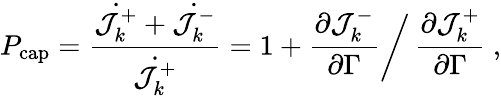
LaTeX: P_{\mathrm{cap}}=\frac{\dot{\mathcal{J}_{k}^{+}}+\dot{\mathcal{J}_{k}^{-}}}{\dot{\mathcal{J}_{k}^{+}}}=1+\frac{\partial\mathcal{J}_{k}^{-}}{\partial\Gamma}\bigg/\, \frac{\partial\mathcal{J}_{k}^{+}}{\partial\Gamma}\ ,